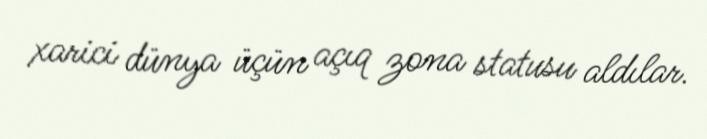
xarici dünya üçün açıq zona statusu aldılar.